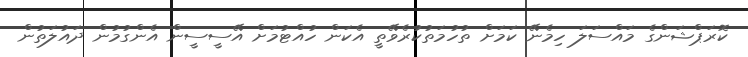
ކޮރަޕްޝަންގެ މައްސަލަ ހިމެނޭ ކަމަށް ތުހުމަތުކުރެވޭތީ އެކަން ހުއްޓުމަށް އޭސީސީން އެންގުމުން ދައުލަތުން